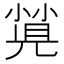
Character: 𡮡